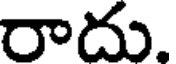
రాదు.